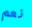
نعم